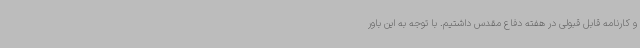
و کارنامه قابل قبولی در هفته دفاع مقدس داشتیم. با توجه به این باور